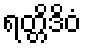
ရတ္တိဒိဝံ